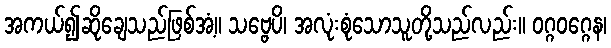
အကယ်၍ဆိုချေသည်ဖြစ်အံ့။ သဗ္ဗေပိ၊ အလုံးစုံသောသူတို့သည်လည်း။ ဝဂ္ဂဝဂ္ဂေန၊